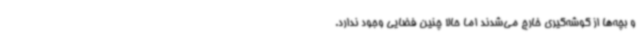
و بچه‌ها از گوشه‌گیری خارج می‌شدند اما حالا چنین فضایی وجود ندارد.